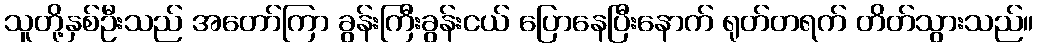
သူတို့နှစ်ဦးသည် အတော်ကြာ ခွန်းကြီးခွန်းငယ် ပြောနေပြီးနောက် ရုတ်တရက် တိတ်သွားသည်။